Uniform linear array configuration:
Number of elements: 16
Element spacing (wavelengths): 0.75
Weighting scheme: cosine
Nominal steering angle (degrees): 0
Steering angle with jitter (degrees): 0.8374
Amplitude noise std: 0.05
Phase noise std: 0.05

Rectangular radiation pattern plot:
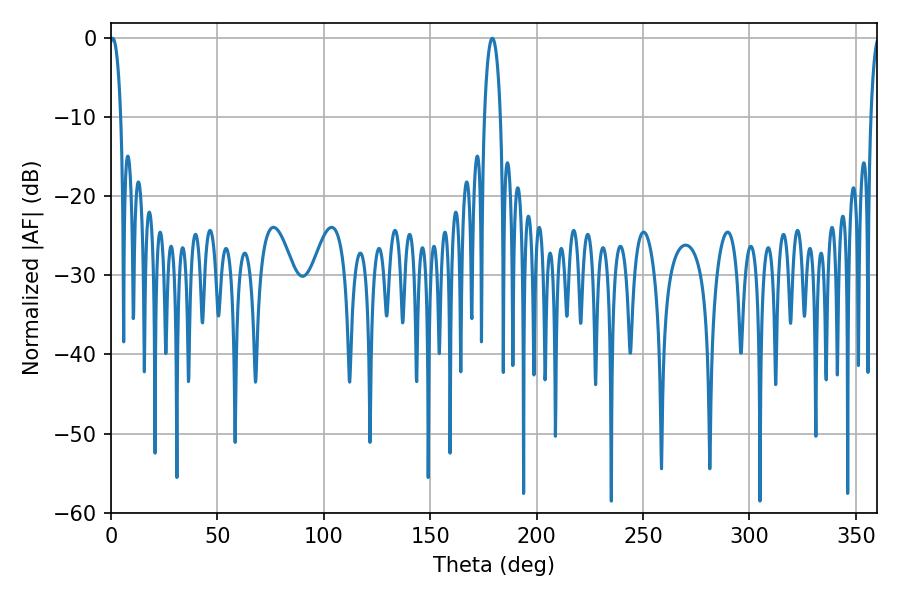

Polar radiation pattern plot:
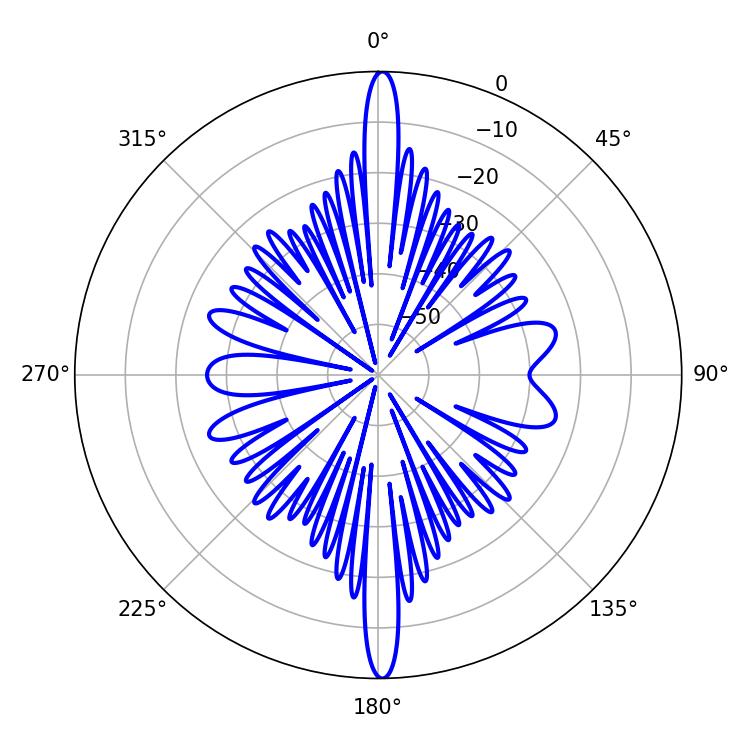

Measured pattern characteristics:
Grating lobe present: TRUE
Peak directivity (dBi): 28.408
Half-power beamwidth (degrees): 2.88
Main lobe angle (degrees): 0.72